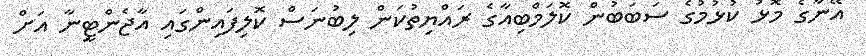
އޭނާގެ މޮޅު ކުޅުމުގެ ސަބަބުން ކޮލަމްބިއާގެ ރައްޔިތުކަން ލިބުނަސް ކޮލިފައިންގައި އާޖެންޓީނާ އަށް